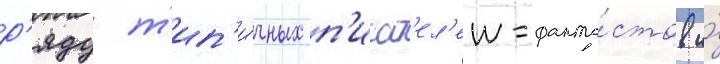
р'яду т'ип'и́чных п'исат'ел'еи-фанта́стов и́